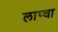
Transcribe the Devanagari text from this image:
लाप्चा